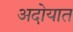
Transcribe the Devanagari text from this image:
अदोयात